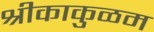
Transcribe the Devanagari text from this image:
श्रीकाकुळम